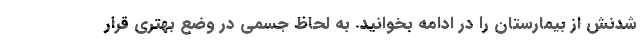
شدنش از بیمارستان را در ادامه بخوانید. به لحاظ جسمی در وضع بهتری قرار